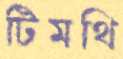
টিমথি